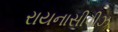
રાયનાસીવીઝ